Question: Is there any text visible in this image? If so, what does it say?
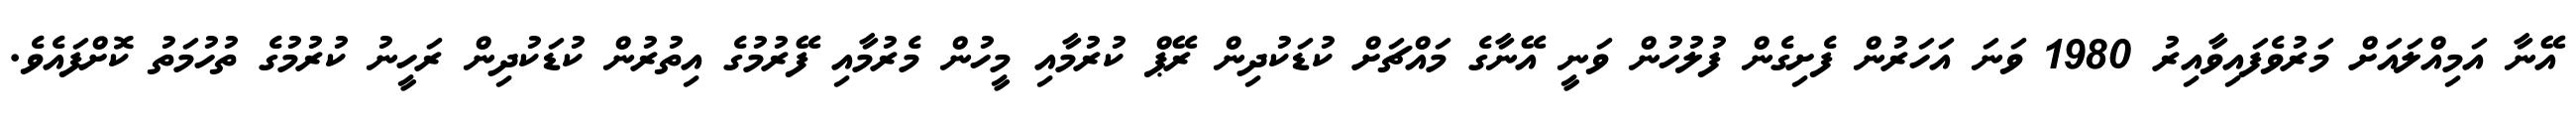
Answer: އޭނާ އަމިއްލައަށް މަރުވެފައިވާއިރު 1980 ވަނަ އަހަރުން ފެށިގެން ފުލުހުން ވަނީ އޭނާގެ މައްޗަށް ކުޑަކުދިން ރޭޕް ކުރުމާއި މީހުން މެރުމާއި ފޭރުމުގެ އިތުރުން ކުޑަކުދިން ރަހީނު ކުރުމުގެ ތުހުމަތު ކޮށްފައެވެ.